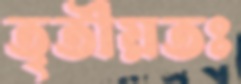
তৃতীয়তঃ